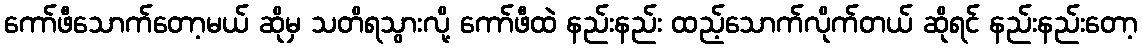
ကော်ဖီသောက်တော့မယ် ဆိုမှ သတိရသွားလို့ ကော်ဖီထဲ နည်းနည်း ထည့်သောက်လိုက်တယ် ဆိုရင် နည်းနည်းတော့